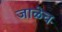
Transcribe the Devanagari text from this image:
जाळेच